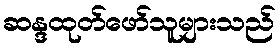
ဆန္ဒထုတ်ဖော်သူများသည်